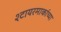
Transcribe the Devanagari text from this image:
श्टायरमार्काच्या